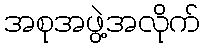
အစုအဖွဲ့အလိုက်